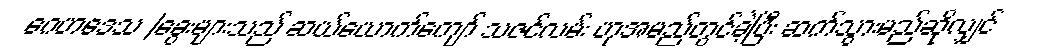
ဂေဟဒေသ |ခွေးများသည် ဆယ်ယောက်ကျော် သဇင်လမ်း ဟုအမည်တွင်ခဲ့ပြီး ဆက်သွားမည်ဆိုလျှင်